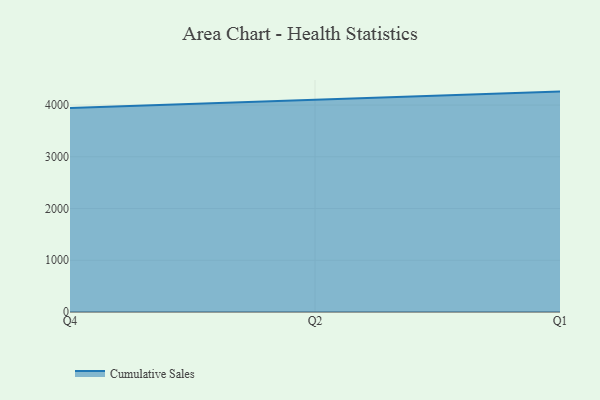
{"axis": {"x": "Quarter", "y": "Headcount"}, "legend": ["Cumulative Sales"], "data": [{"x": "Q4", "y": 3945.5, "type": "Cumulative Sales"}, {"x": "Q2", "y": 4099.3, "type": "Cumulative Sales"}, {"x": "Q1", "y": 4260.4, "type": "Cumulative Sales"}]}